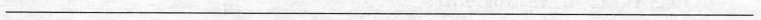
________________________